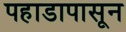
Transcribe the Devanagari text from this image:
पहाडापासून